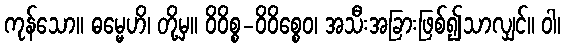
ကုန်သော။ ဓမ္မေဟိ၊ တို့မှ။ ဝိဝိစ္စ-ဝိဝိစ္စေဝ၊ အသီးအခြားဖြစ်၍သာလျှင်။ ဝါ၊